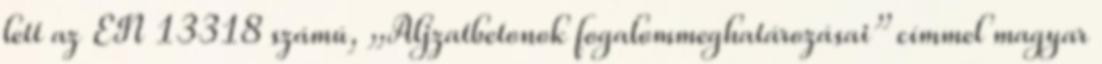
lett az EN 13318 számú, „Aljzatbetonok fogalommeghatározásai” címmel magyar